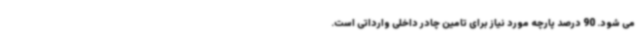
می شود. 90 درصد پارچه مورد نیاز برای تامین چادر داخلی وارداتی است.